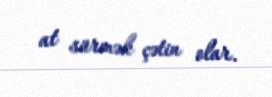
at sürmək çətin olar.